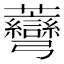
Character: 𧆅